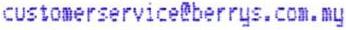
CUSTOMERSERVICE@BERRYS.COM.MY